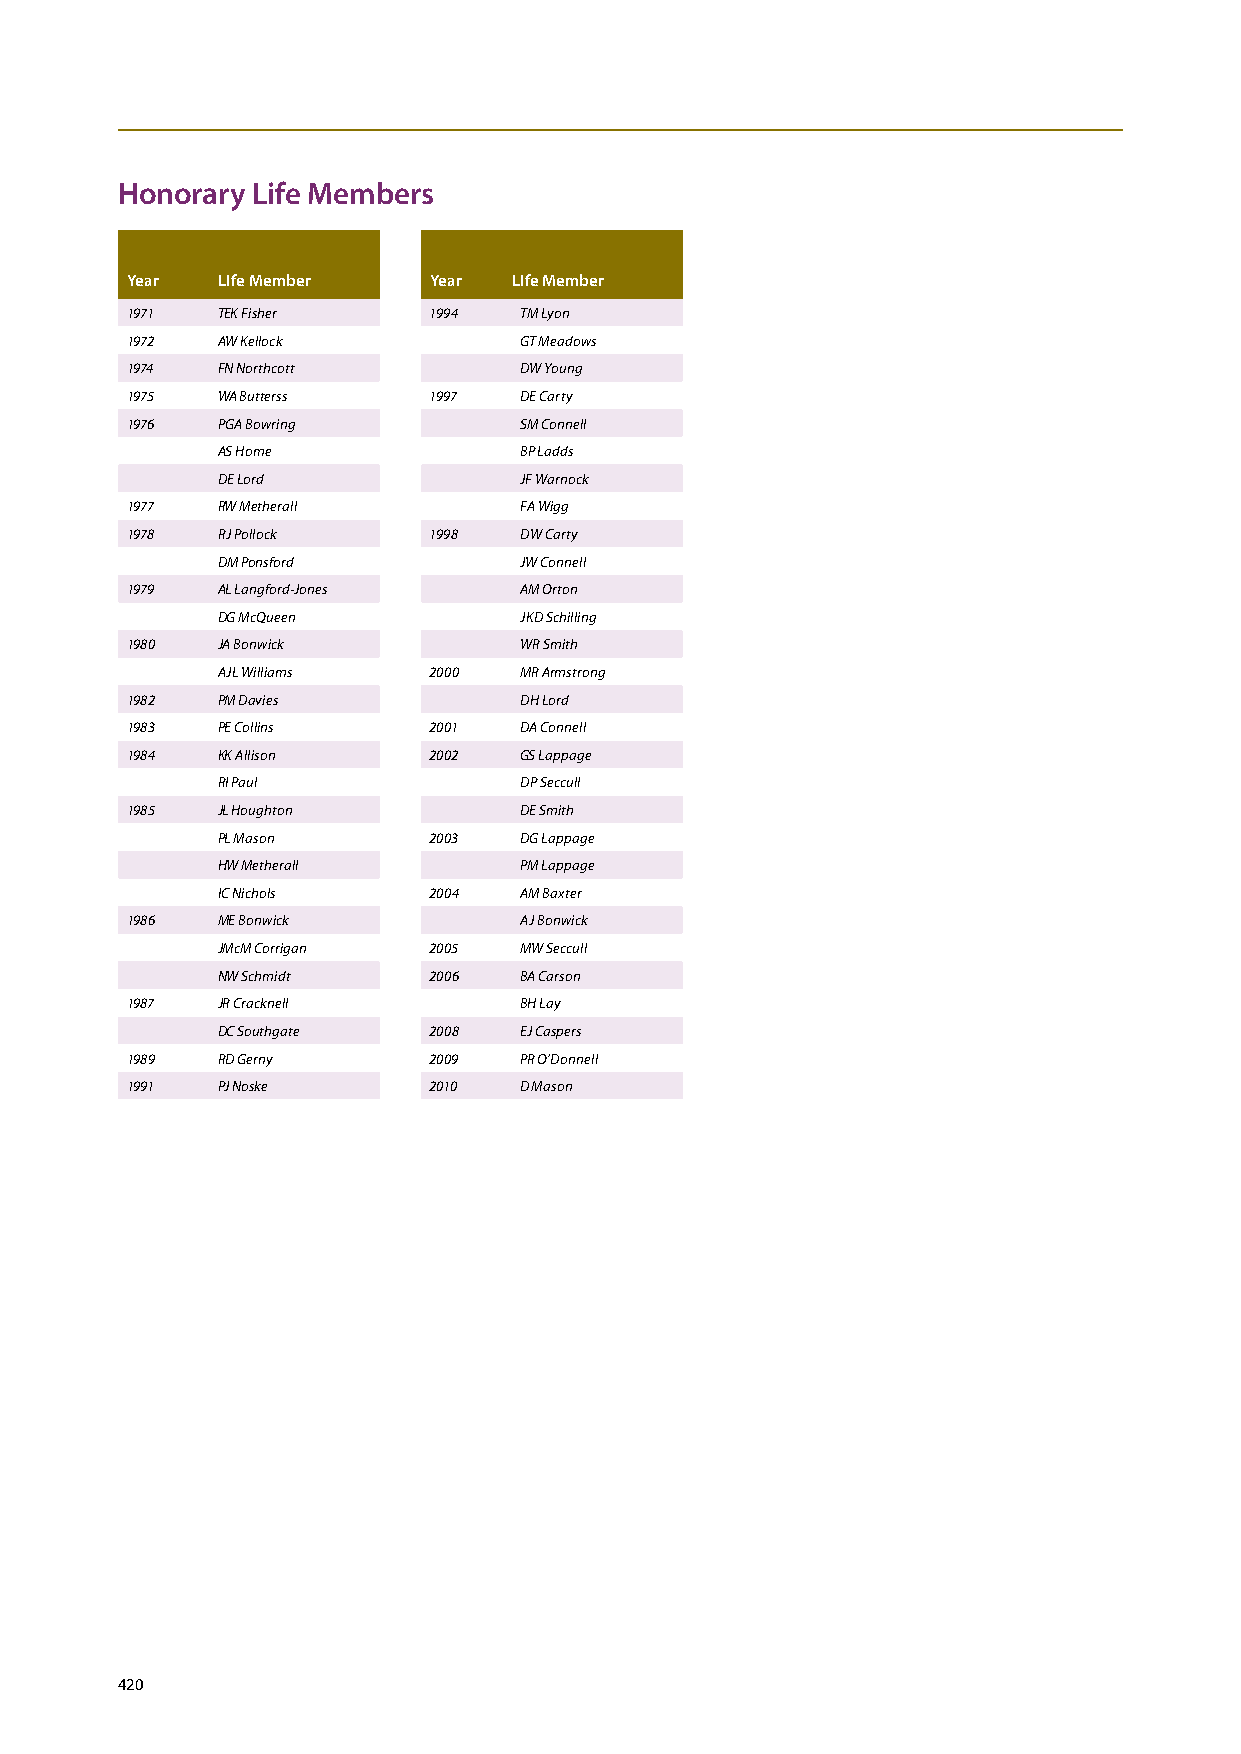
Honorary Life members
 Year  LIfe member   Year  LIfe member
 1971  TEK Fisher    1994  TM Lyon
 1972  AW Kellock          GT Meadows
 1974  FN Northcott        DW Young
 1975  WA Butterss   1997  DE Carty
 1976  PGA Bowring         SM Connell
 AS Home             BP Ladds
 DE Lord             JF Warnock
 1977  RW Metherall        FA Wigg
 1978  RJ Pollock    1998  DW Carty
 DM Ponsford         JW Connell
 1979  AL Langford-Jones   AM Orton
 DG McQueen          JKD Schilling
 1980  JA Bonwick          WR Smith
 AJL Williams  2000  MR Armstrong
 1982  PM Davies           DH Lord
 1983  PE Collins    2001  DA Connell
 1984  KK Allison    2002  GS Lappage
 RI Paul             DP Seccull
 1985  JL Houghton         DE Smith
 PL Mason      2003  DG Lappage
 HW Metherall        PM Lappage
 IC Nichols    2004  AM Baxter
 1986  ME Bonwick          AJ Bonwick
 JMcM Corrigan 2005  MW Seccull
 NW Schmidt    2006  BA Carson
 1987  JR Cracknell        BH Lay
 DC Southgate  2008  EJ Caspers
 1989  RD Gerny      2009  PR O'Donnell
 1991  PJ Noske      2010  D Mason
 420